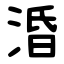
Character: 涽